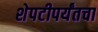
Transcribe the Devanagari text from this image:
शेपटीपर्यंतचा